Jaan_Tonisson_(Lasteleht), lk 90
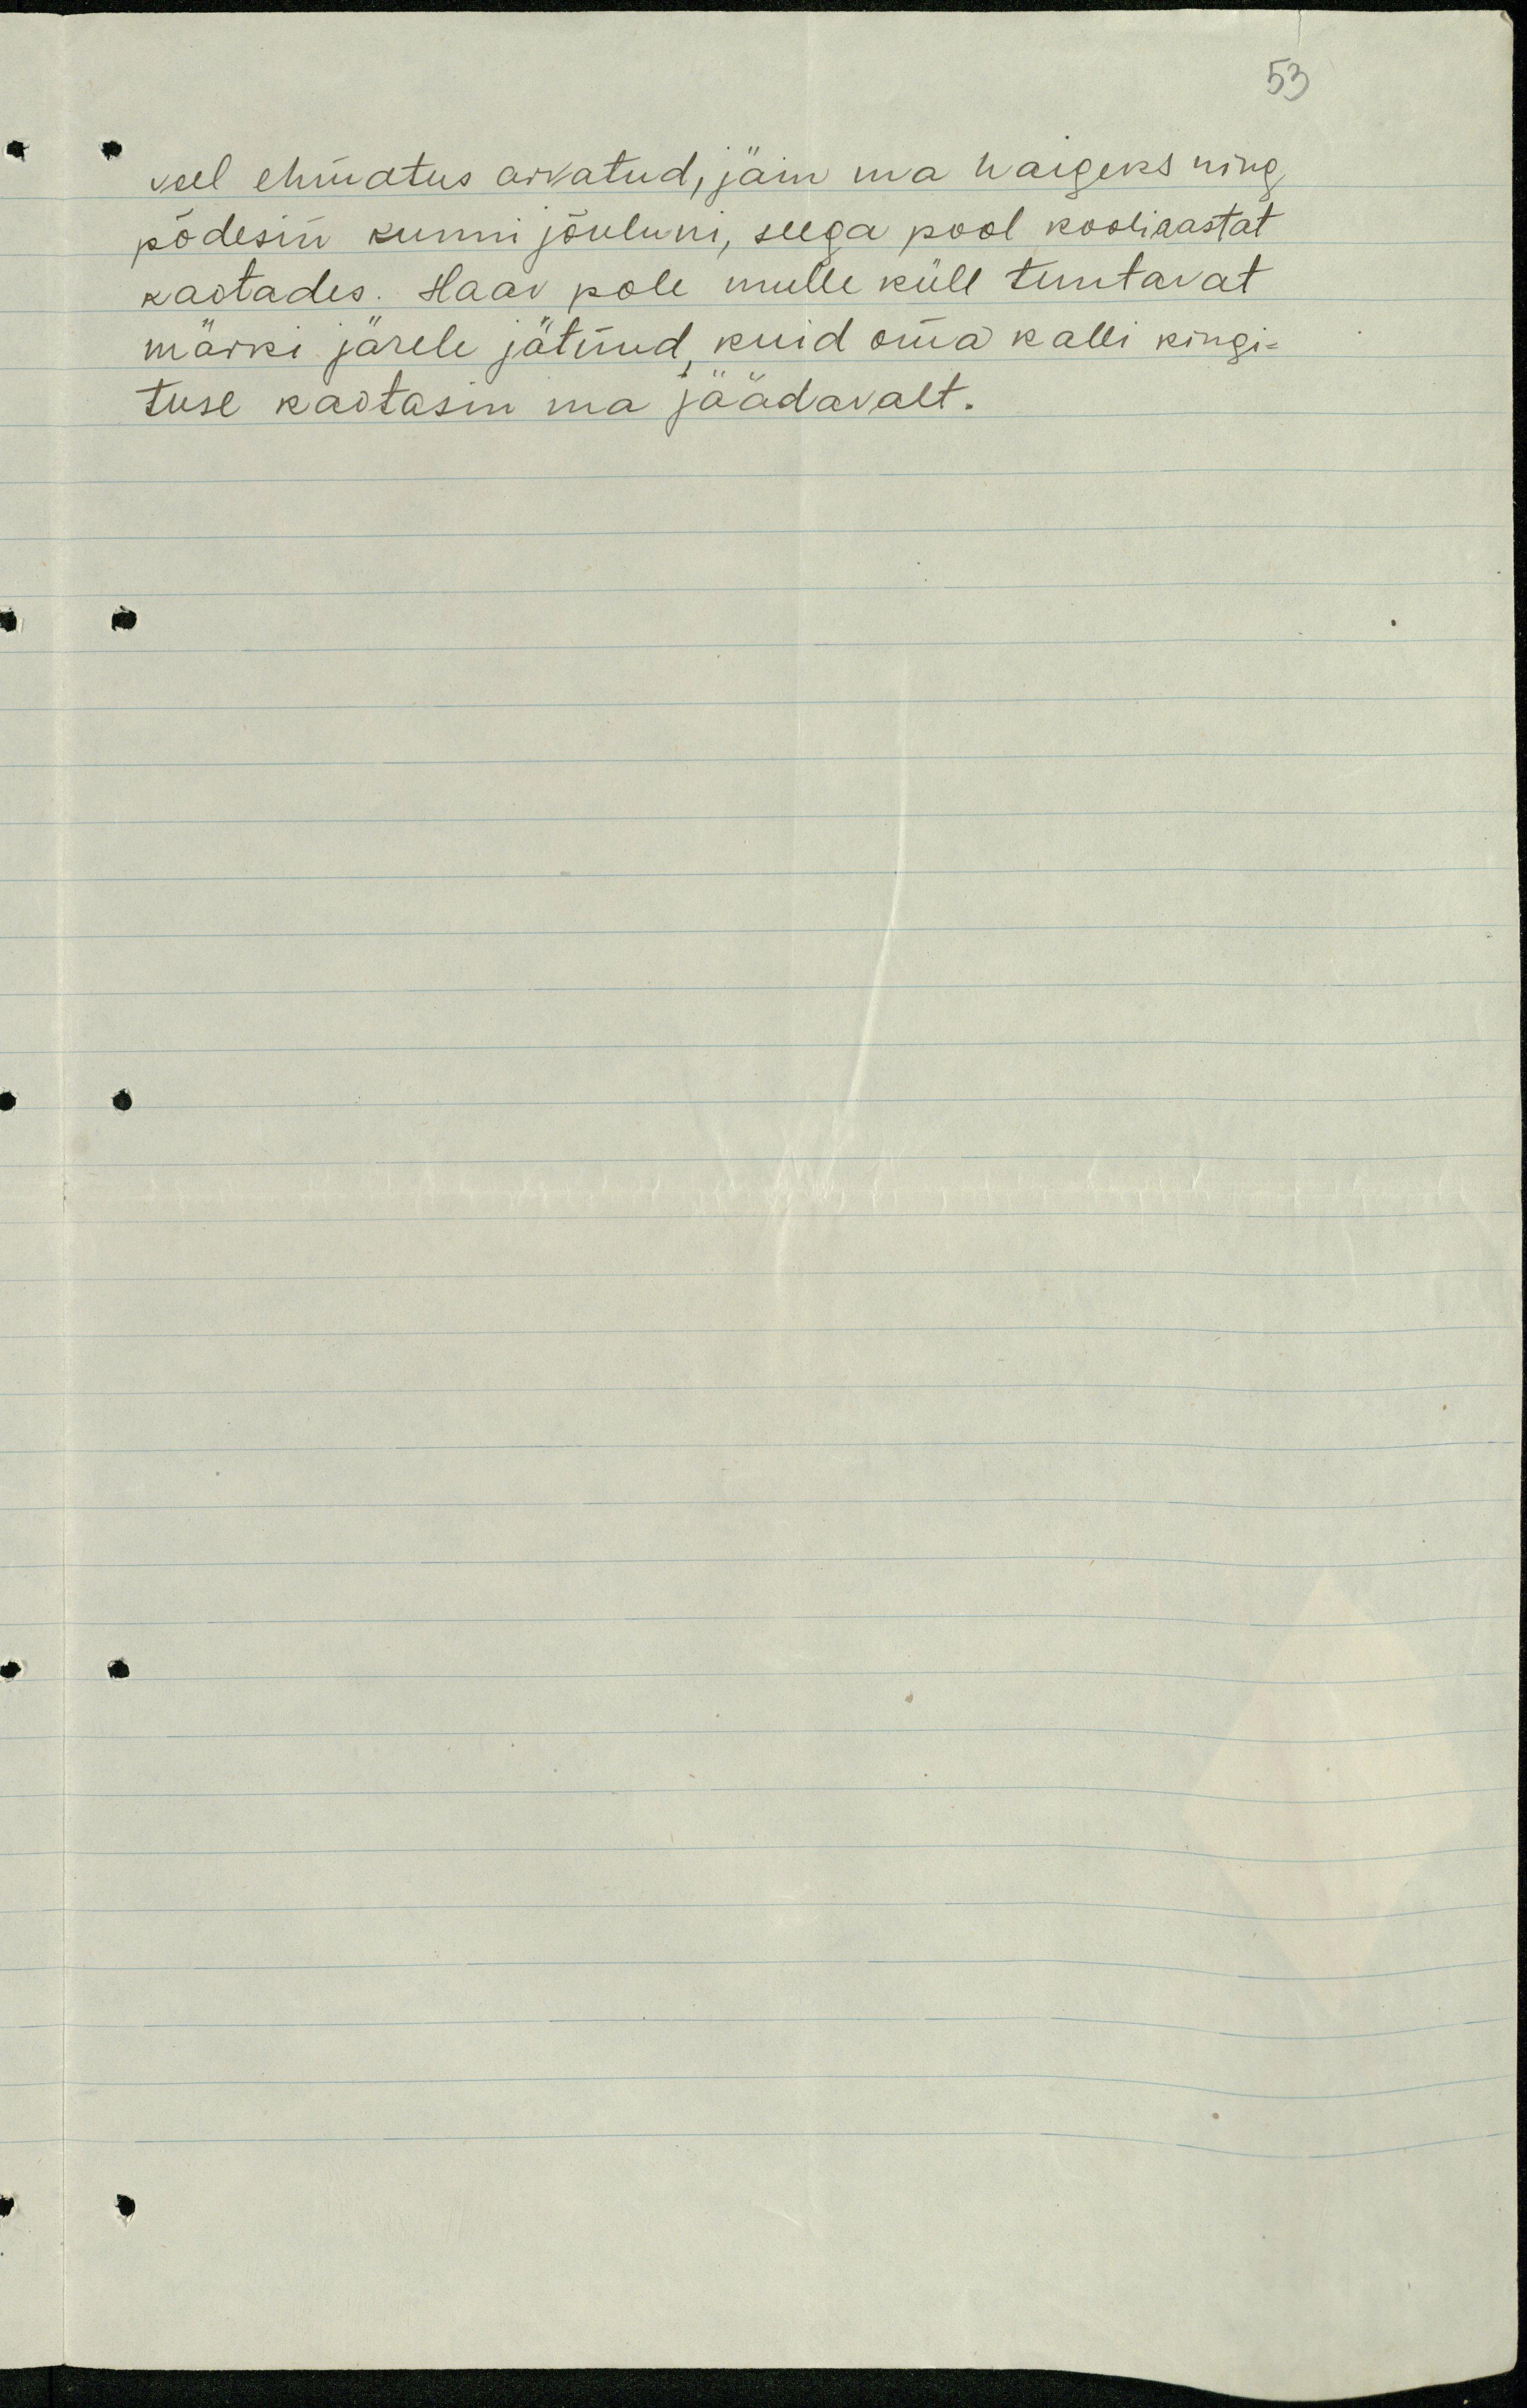
53

veel ehmatus arvatud, jäin ma haigeks ning
põdesin kunni jõuluni, seega pool kooliaastat
kaotades. Haav pole mulle küll tuntavat
märki järele jätnud, kuid oma kalli kingi-
tuse kaotasin ma jäädavalt.